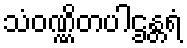
သံဝဏ္ဏိတပါဌန္တရံ